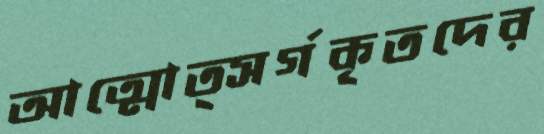
আত্মোত্সর্গকৃতদের